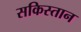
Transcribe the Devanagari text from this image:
सकिस्तान